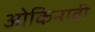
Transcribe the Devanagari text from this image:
ओकिनावी